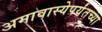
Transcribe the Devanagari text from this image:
अमावास्येपर्यंतच्या